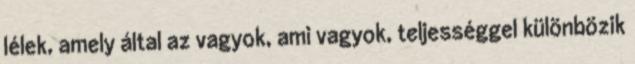
lélek, amely által az vagyok, ami vagyok, teljességgel különbözik